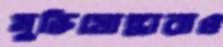
মুক্তিযোদ্ধারাও